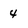
Character: 4